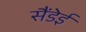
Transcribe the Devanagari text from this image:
सैंडेई